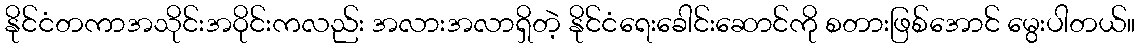
နိုင်ငံတကာအသိုင်းအဝိုင်းကလည်း အလားအလာရှိတဲ့ နိုင်ငံရေးခေါင်းဆောင်ကို စတားဖြစ်အောင် မွေးပါတယ်။